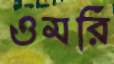
ওমরি